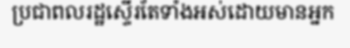
ប្រជាពលរដ្ឋស្ទើរតែទាំងអស់ដោយមានអ្នក